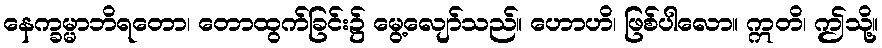
နေက္ခမ္မာဘိရတော၊ တောထွက်ခြင်း၌ မွေ့လျော်သည်။ ဟောဟိ၊ ဖြစ်ပါလော။ ဣတိ၊ ဤသို့။